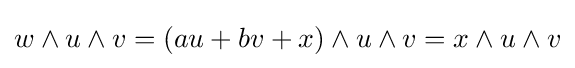
w\wedge u\wedge v=(au+bv+x)\wedge u\wedge v=x\wedge u\wedge v